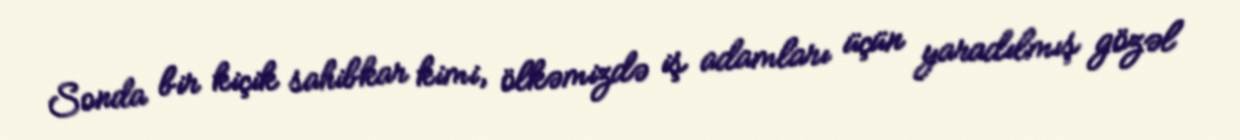
Sonda bir kiçik sahibkar kimi, ölkəmizdə iş adamları üçün yaradılmış gözəl